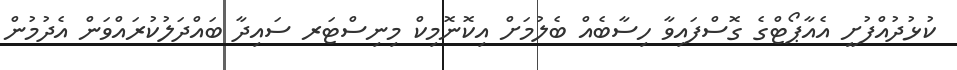
ކުޅުދުއްފުށީ އެއާޕޯޓްގެ ގޮސްފައިވާ ހިސާބެއް ބެލުމަށް އިކޮނޮމިކް މިނިސްޓަރ ސައިދާ ބައްދަލުކުރައްވަން އެދުމުން